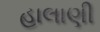
હાલાણી